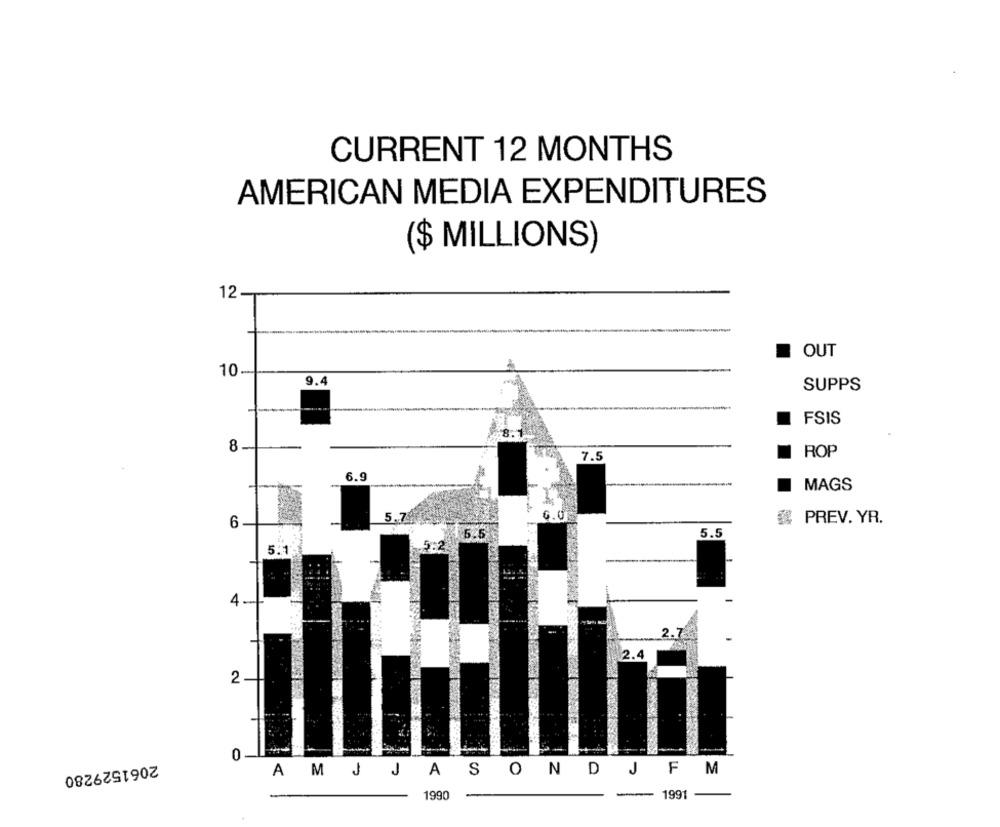
CURRENT 12 MONTHS
AMERICAN MEDIA EXPENDITURES
($ MILLIONS)
12
--
OUT
10
9.4
SUPPS
FSIS
8
7.5
ROP
6.9
MAGS
5.
6.0
# PREV. YR.
6
5.5
5:1
4 -
2.7
2.4
2
0
2061529280
A MJ JASONDJFM
1991
1990